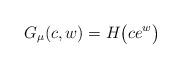
LaTeX: \begin{gather*}G_{\mu}(c,w)=H\big( ce^{w}\big)\end{gather*}